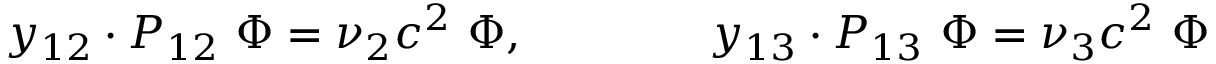
y _ { 1 2 } \cdot P _ { 1 2 } \ \Phi = \nu _ { 2 } c ^ { 2 } \ \Phi , \qquad \qquad y _ { 1 3 } \cdot P _ { 1 3 } \ \Phi = \nu _ { 3 } c ^ { 2 } \ \Phi